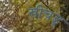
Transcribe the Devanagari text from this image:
खीचड्